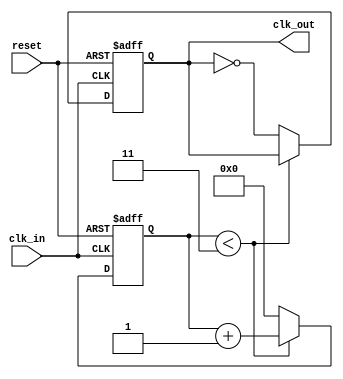
module ClockDivider #(parameter N = 4) (
    input wire clk_in,       // Input clock signal
    input wire reset,        // Asynchronous reset signal
    output reg clk_out       // Output clock signal
);

    // Counter to keep track of clock cycles
    reg [31:0] counter;      // Adjust the size according to the expected range of N

    // Initial block for clk_out and counter
    initial begin
        clk_out = 0;        // Initialize output clock to 0
        counter = 0;        // Initialize counter to 0
    end

    // Main behavior - clock division
    always @(posedge clk_in or posedge reset) begin
        if (reset) begin
            counter <= 0;    // Reset the counter
            clk_out <= 0;    // Reset the output clock
        end else begin
            // Increment the counter on each rising edge of clk_in
            if (counter < (N - 1)) begin
                counter <= counter + 1; // Increment counter
            end else begin
                counter <= 0;           // Reset counter
                clk_out <= ~clk_out;    // Toggle the output clock
            end
        end
    end

endmodule